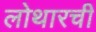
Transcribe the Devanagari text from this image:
लोथारची